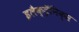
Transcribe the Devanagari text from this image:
इलैक्ट्रॅनिक्स